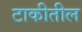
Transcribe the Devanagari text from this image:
टाकीतील